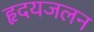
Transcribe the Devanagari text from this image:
हृदयजलन